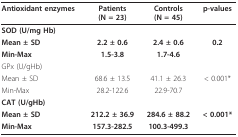
<table><thead><tr><td><b>Antioxidant enzymes</b></td><td><b>Patients(N = 23)</b></td><td><b>Controls(N = 45)</b></td><td><b>p-values</b></td></tr></thead><tbody><tr><td><b>SOD (U/mg Hb)</b></td><td></td><td></td><td></td></tr><tr><td><b>Mean ± SD</b></td><td><b>2.2 ± 0.6</b></td><td><b>2.4 ± 0.6</b></td><td><b>0.2</b></td></tr><tr><td><b>Min-Max</b></td><td><b>1.5-3.8</b></td><td><b>1.7-4.6</b></td><td></td></tr><tr><td>GPx (U/gHb)</td><td></td><td></td><td></td></tr><tr><td>Mean ± SD</td><td>68.6 ± 13.5</td><td>41.1 ± 26.3</td><td>&lt; 0.001*</td></tr><tr><td>Min-Max</td><td>28.2-122.6</td><td>22.9-70.7</td><td></td></tr><tr><td><b>CAT (U/gHb)</b></td><td></td><td></td><td></td></tr><tr><td><b>Mean ± SD</b></td><td><b>212.2 ± 36.9</b></td><td><b>284.6 ± 88.2</b></td><td><b>&lt; 0.001*</b></td></tr><tr><td><b>Min-Max</b></td><td><b>157.3-282.5</b></td><td><b>100.3-499.3</b></td><td></td></tr></tbody></table>